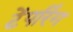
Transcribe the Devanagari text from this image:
टेंपरिंग